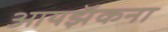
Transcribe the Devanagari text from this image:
आयझॅकना